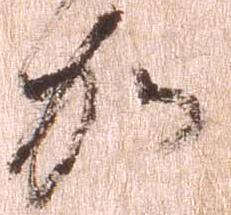
加